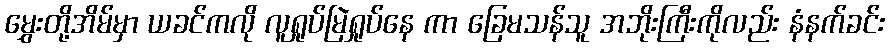
မွှေးတို့အိမ်မှာ ယခင်ကလို လူရှုပ်မြဲရှုပ်နေ ကာ ခြေမသန်သူ အဘိုးကြီးကိုလည်း နံနက်ခင်း